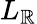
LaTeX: L_{\mathbb{R}}